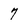
Character: 7